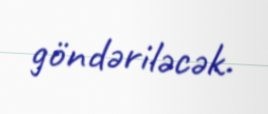
göndəriləcək.